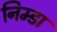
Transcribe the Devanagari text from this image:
निम्डा